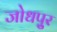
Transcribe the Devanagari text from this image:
जोधपु्र